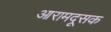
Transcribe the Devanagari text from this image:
आरामदूसक